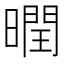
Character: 𣋆